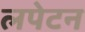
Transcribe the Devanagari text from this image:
लपेटन